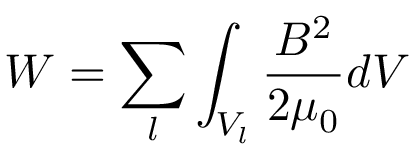
W = \sum _ { l } \int _ { V _ { l } } \frac { B ^ { 2 } } { 2 \mu _ { 0 } } d V